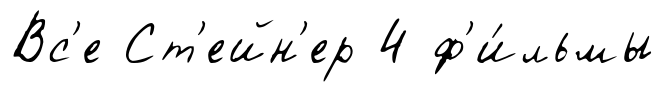
Вс'е Ст'ейн'ер 4 ф'и́льмы